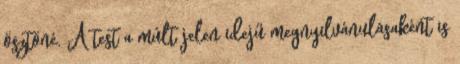
ösztöné. A test a múlt jelen idejű megnyilvánulásaként is